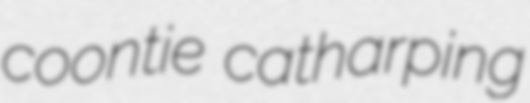
coontie catharping